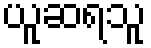
ယူဆရသူ